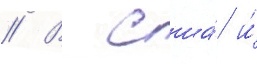
// В сша́ и́